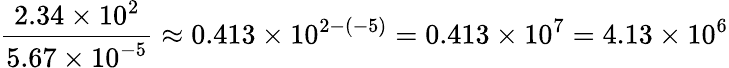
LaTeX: {\frac{2.34\times 10^{2}}{5.67\times 10^{-5}}}\approx 0.413\times 10^{2-(-5)}=0.413\times 10^{7}=4.13\times 10^{6}